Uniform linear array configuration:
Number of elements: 16
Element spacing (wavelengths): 0.5
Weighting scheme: hamming
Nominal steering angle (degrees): -60
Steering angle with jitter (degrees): -60.87
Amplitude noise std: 0.05
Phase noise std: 0.05

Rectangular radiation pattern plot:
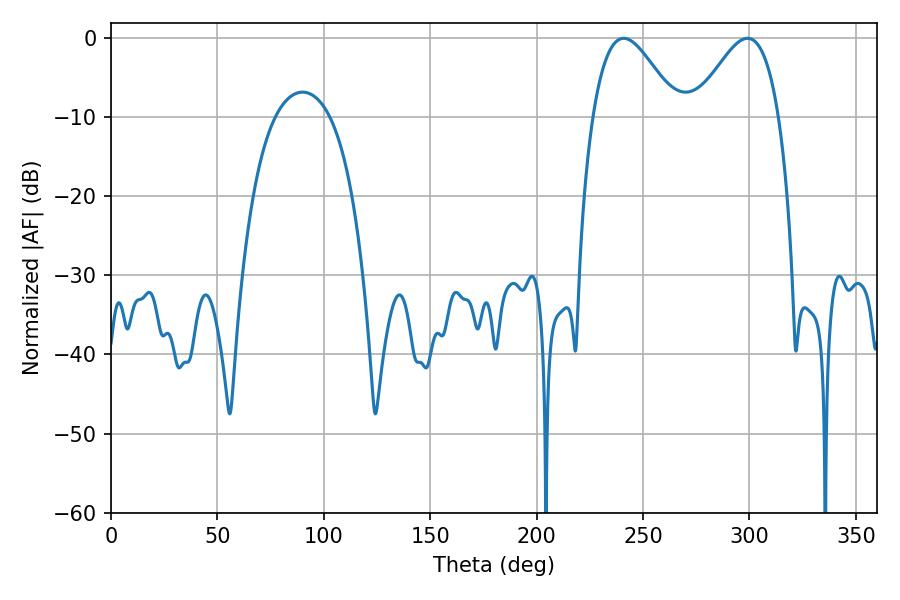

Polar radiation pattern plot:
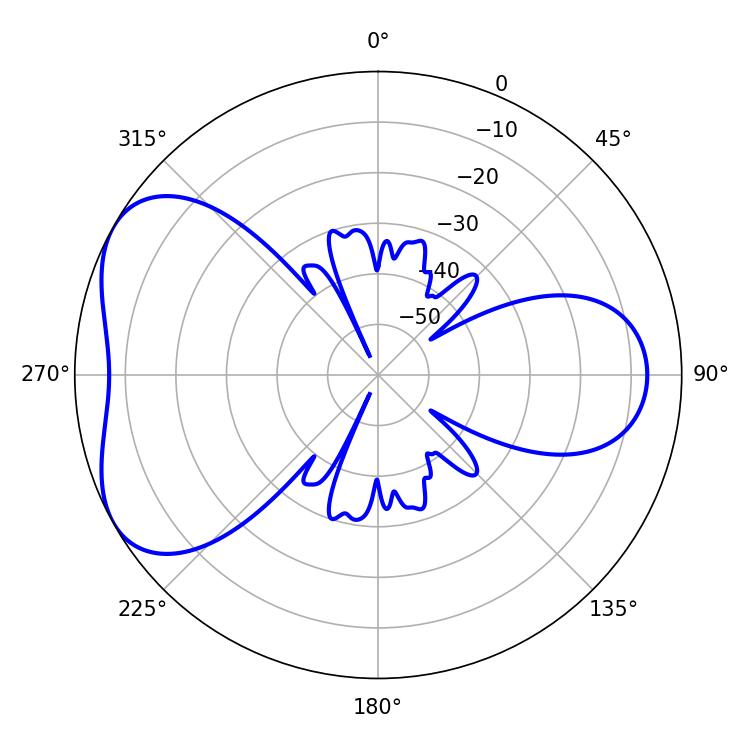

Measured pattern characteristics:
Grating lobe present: FALSE
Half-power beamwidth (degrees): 21.24
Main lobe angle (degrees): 240.84